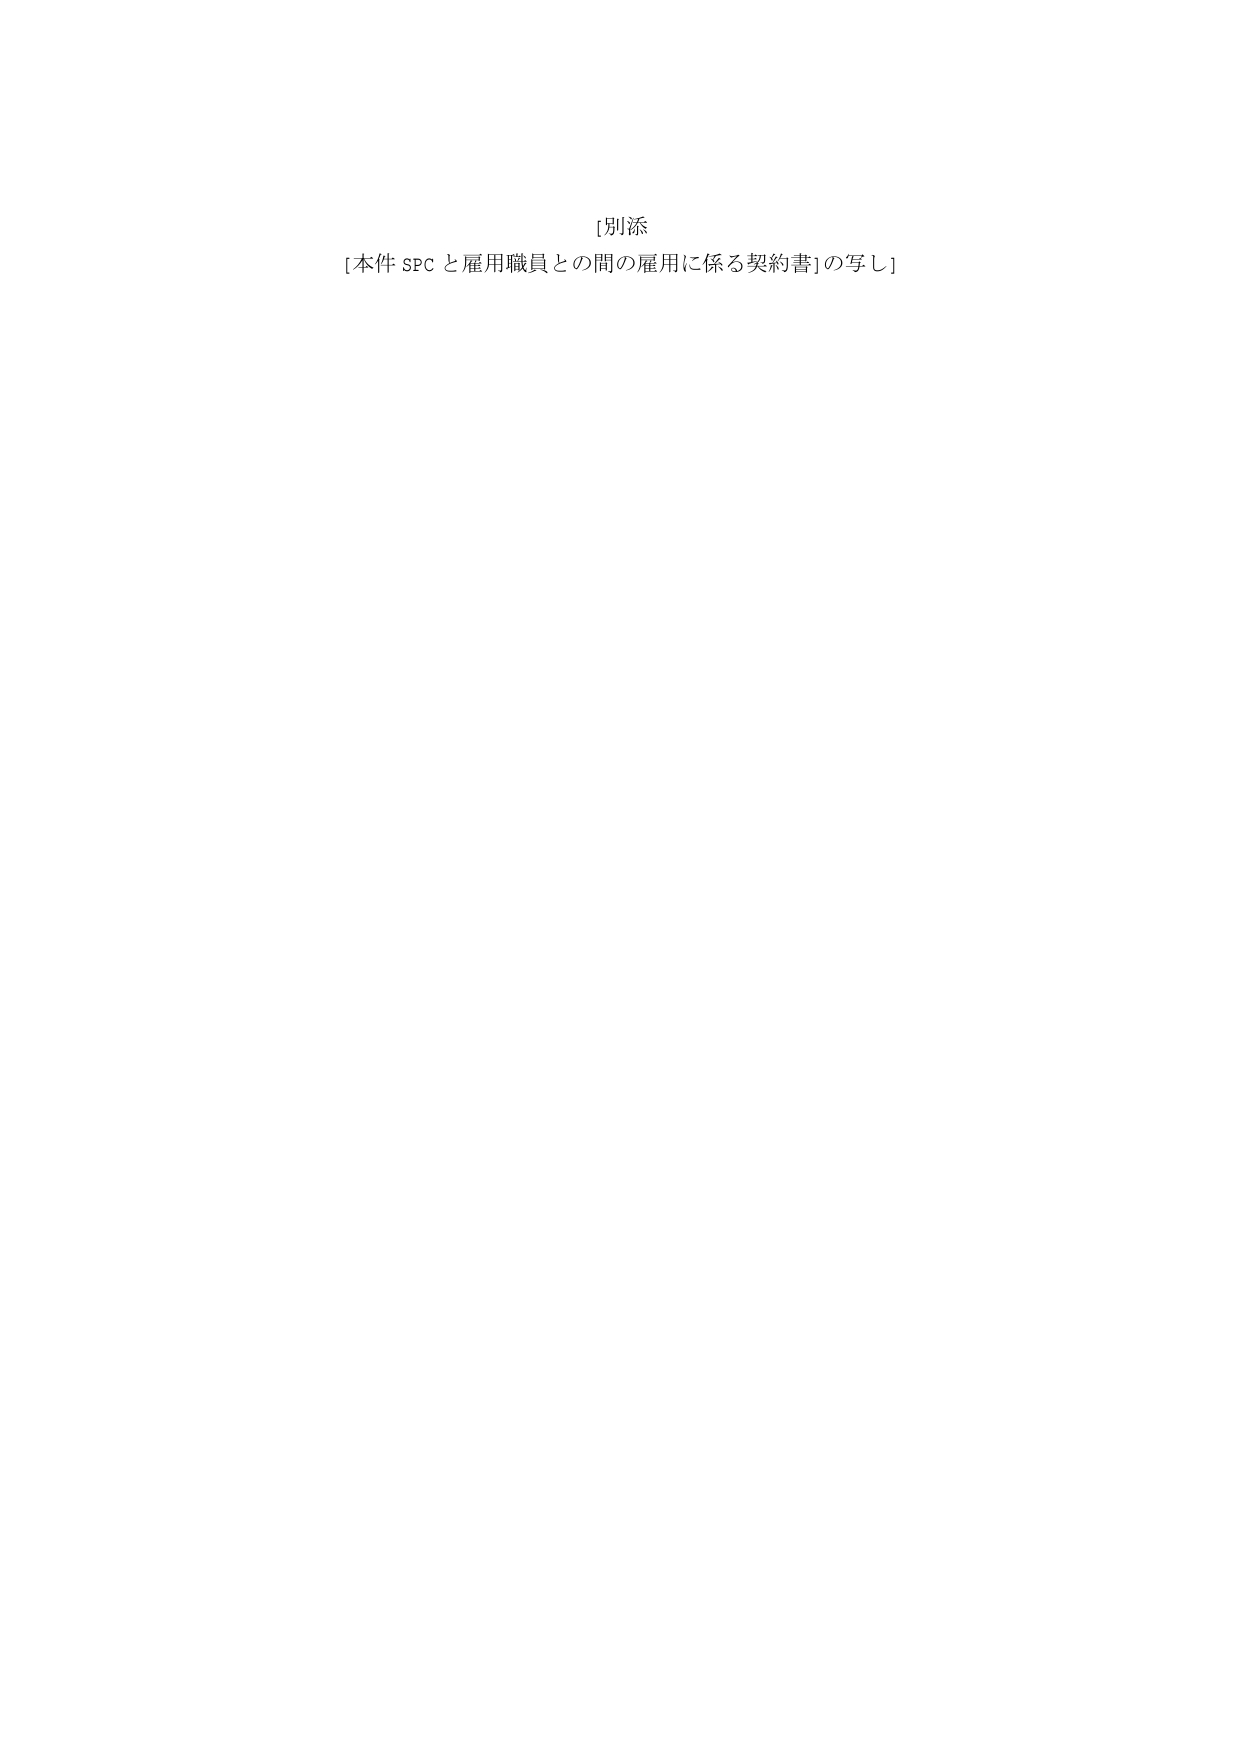
[別添
[本件 SPC と雇用職員との間の雇用に係る契約書]の写し]